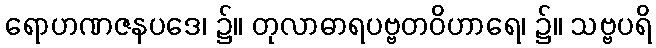
ရောဟဏဇနပဒေ၊ ၌။ တုလာဓာရပဗ္ဗတဝိဟာရေ၊ ၌။ သဗ္ဗပရိ